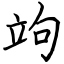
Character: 竘